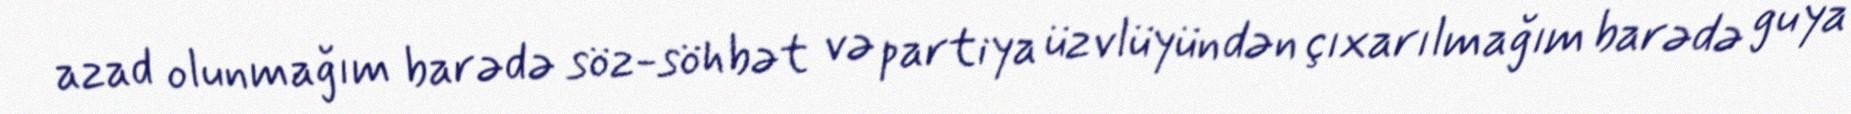
azad olunmağım barədə söz-söhbət və partiya üzvlüyündən çıxarılmağım barədə guya